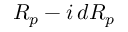
R _ { p } - i \, d R _ { p }